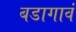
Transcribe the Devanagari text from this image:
बडागावं